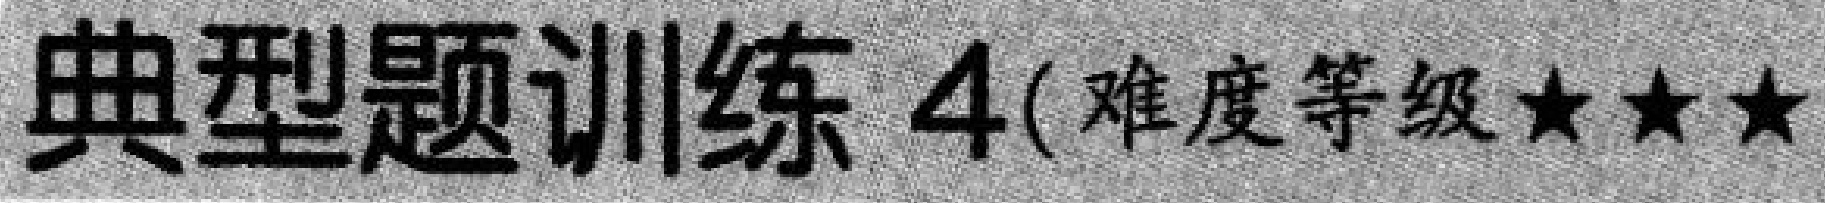
典型题训练 4(难度等级★★★)